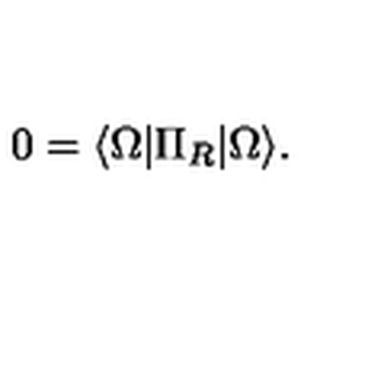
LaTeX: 0 = \langle \Omega \vert \Pi _ { R } \vert \Omega \rangle .